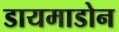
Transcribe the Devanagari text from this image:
डायमाडोन